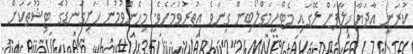
ކުރަނީ އާދަޔާ ޚިލާފަށް ލޭގައި މެޓްހީމަގްލޯބިން ގިނަވެ އިތުރުވުމަށެވެ. މިހެންވުމުން ހަށިގަނޑުގެ ޓިޝޫތަކަށް